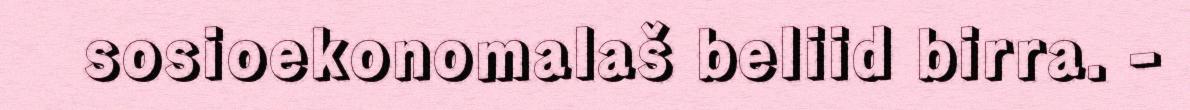
sosioekonomalaš beliid birra. -